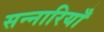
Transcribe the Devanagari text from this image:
सन्नारियाँ